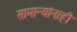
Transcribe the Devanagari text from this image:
सामान्यांनाही